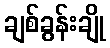
ချစ်ခွန်းချို